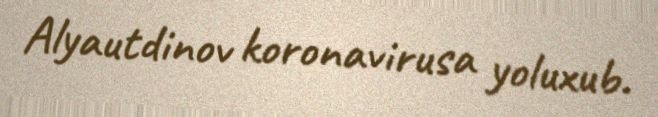
Alyautdinov koronavirusa yoluxub.